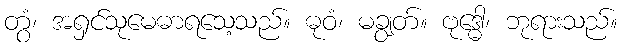
တွံ၊ အရှင်သုမေဓာရသေ့သည်။ ဓုဝံ၊ မချွတ်။ ဗုဒ္ဓေါ၊ ဘုရားသည်။